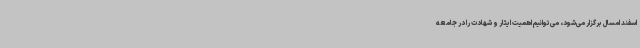
اسفند امسال برگزار می‌شود، می‌توانیم اهمیت ایثار و شهادت را در جامعه